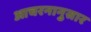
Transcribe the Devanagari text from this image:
आचरनानुसार